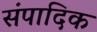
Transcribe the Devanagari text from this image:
संपादिक